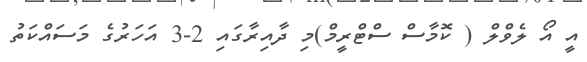
އީ އޯ ލެވްލް ( ކޮމާސް ސްޓްރީމް)މި ދާއިރާގައި 2-3 އަހަރުގެ މަސައްކަތު